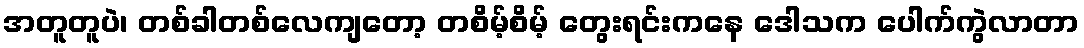
အတူတူပဲ၊ တစ်ခါတစ်လေကျတော့ တစိမ့်စိမ့် တွေးရင်းကနေ ဒေါသက ပေါက်ကွဲလာတာ